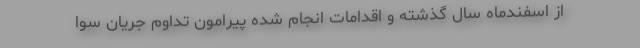
از اسفندماه سال گذشته و اقدامات انجام شده پیرامون تداوم جریان سوا